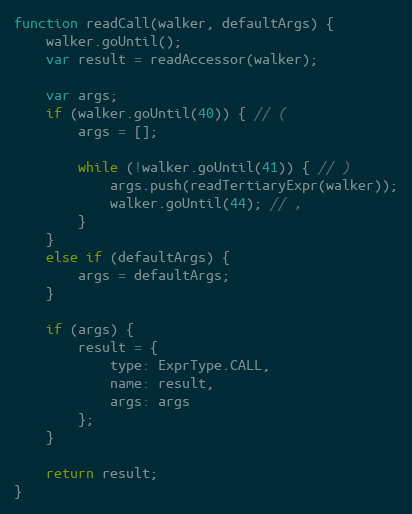
Language: JavaScript
function readCall(walker, defaultArgs) {
    walker.goUntil();
    var result = readAccessor(walker);

    var args;
    if (walker.goUntil(40)) { // (
        args = [];

        while (!walker.goUntil(41)) { // )
            args.push(readTertiaryExpr(walker));
            walker.goUntil(44); // ,
        }
    }
    else if (defaultArgs) {
        args = defaultArgs;
    }

    if (args) {
        result = {
            type: ExprType.CALL,
            name: result,
            args: args
        };
    }

    return result;
}